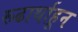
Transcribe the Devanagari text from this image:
रूढार्थाहून